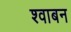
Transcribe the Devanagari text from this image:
श्वाबन